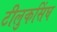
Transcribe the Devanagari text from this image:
टीलुकसिंघ